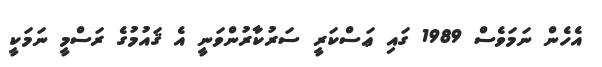
އެހެން ނަމަވެސް 1989 ގައި ޢަސްކަރީ ސަރުކާރުންވަނީ އެ ޤައުމުގެ ރަސްމީ ނަމަކީ